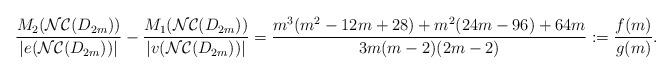
LaTeX: \begin{align*} \dfrac{M_{2}(\mathcal{NC}(D_{2m}))}{|e( \mathcal{NC}(D_{2m}) )|} - \dfrac{M_{1}(\mathcal{NC}(D_{2m}))}{|v( \mathcal{NC}(D_{2m}) )|} = \dfrac{m^{3}(m^{2}-12m+28)+m^{2}(24m-96)+64m}{3m(m-2)(2m-2)}:= \frac{f(m)}{g(m)}. \end{align*}